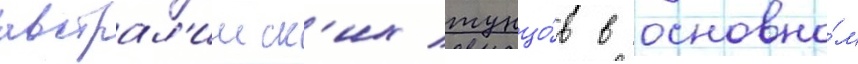
австрал'ииск'их тунцо́в в основно́м